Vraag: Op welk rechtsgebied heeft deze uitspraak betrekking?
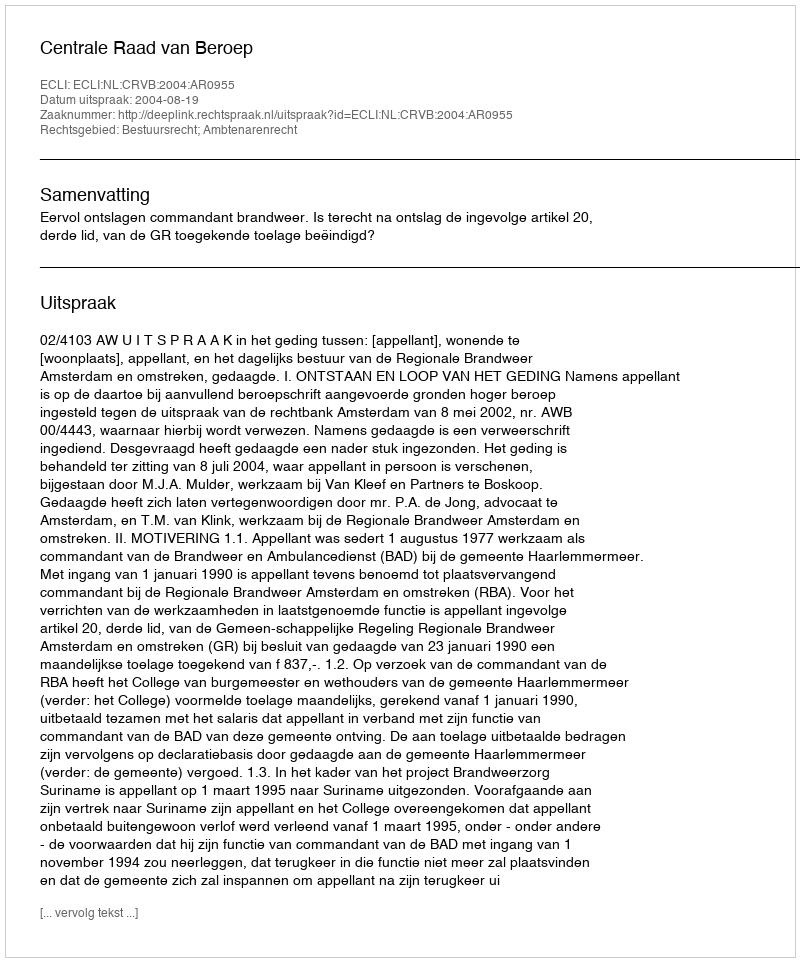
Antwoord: Bestuursrecht; Ambtenarenrecht